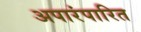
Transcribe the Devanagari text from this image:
अपारंपारित